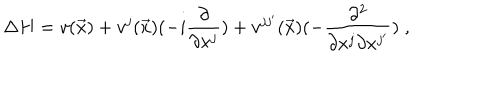
LaTeX: \Delta H = v ( \vec { x } ) + v ^ { j } ( \vec { x } ) ( - i \frac { \partial } { \partial x ^ { j } } ) + v ^ { j j ^ { \prime } } ( \vec { x } ) ( - \frac { \partial ^ { 2 } } { \partial x ^ { j } \partial x ^ { j ^ { \prime } } } ) \; ,